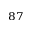
^ { 8 7 }